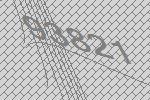
93821